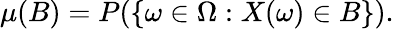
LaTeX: \mu(B)=P(\{ \omega\in\Omega:X(\omega)\in B\} ).